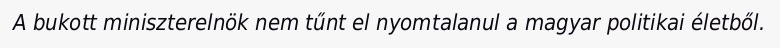
A bukott miniszterelnök nem tűnt el nyomtalanul a magyar politikai életből.